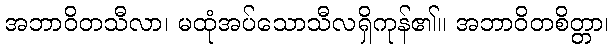
အဘာဝိတသီလာ၊ မထုံအပ်သောသီလရှိကုန်၏။ အဘာဝိတစိတ္တာ၊